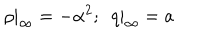
LaTeX: \rho | _ { \infty } = - { \alpha ^ { 2 } } ; \ \ q | _ { \infty } = a